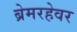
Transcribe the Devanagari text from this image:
ब्रेमरहेवर